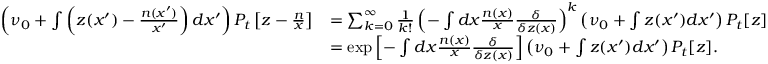
\begin{array} { r l } { \left( \nu _ { 0 } + \int \left( z ( x ^ { \prime } ) - \frac { n ( x ^ { \prime } ) } { x ^ { \prime } } \right) d x ^ { \prime } \right) P _ { t } \left[ z - \frac { n } { x } \right] } & { = \sum _ { k = 0 } ^ { \infty } \frac { 1 } { k ! } \left( - \int d x \frac { n ( x ) } { x } \frac { \delta } { \delta z ( x ) } \right) ^ { k } \left( \nu _ { 0 } + \int z ( x ^ { \prime } ) d x ^ { \prime } \right) P _ { t } [ z ] } \\ & { = \exp \left[ - \int d x \frac { n ( x ) } { x } \frac { \delta } { \delta z ( x ) } \right] \left( \nu _ { 0 } + \int z ( x ^ { \prime } ) d x ^ { \prime } \right) P _ { t } [ z ] . } \end{array}